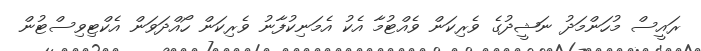
ރައީސް މުހަންމަދު ނަޝީދުގެ ވެރިކަން ވެއްޓުމާ އެކު އެމަނިކުފާނު ވެރިކަން ހޯއްދަވަން އެކްޓިވިސްޓުން